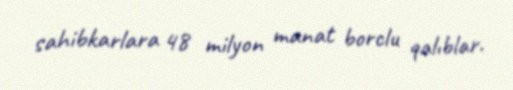
sahibkarlara 48 milyon manat borclu qalıblar.